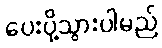
ပေးပို့သွားပါမည်